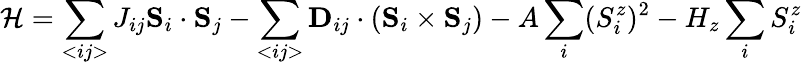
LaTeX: \mathcal{H}=\sum_{<ij>}J_{ij}\mathbf{S}_{i}\cdot\mathbf{S}_{j}-\sum_{<ij>}\mathbf{D}_{ij}\cdot(\mathbf{S}_{i}\times\mathbf{S}_{j})-A\sum_{i}(S_{i}^{z})^{2}-H_{z}\sum_{i}S_{i}^{z}